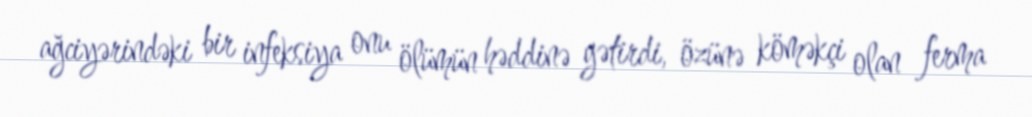
ağciyərindəki bir infeksiya onu ölümün həddinə gətirdi, özünə köməkçi olan ferma